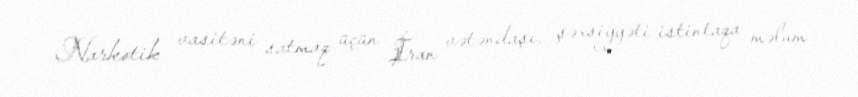
Narkotik vasitəni satmaq üçün İran vətəndaşı, şəxsiyyəti istintaqa məlum